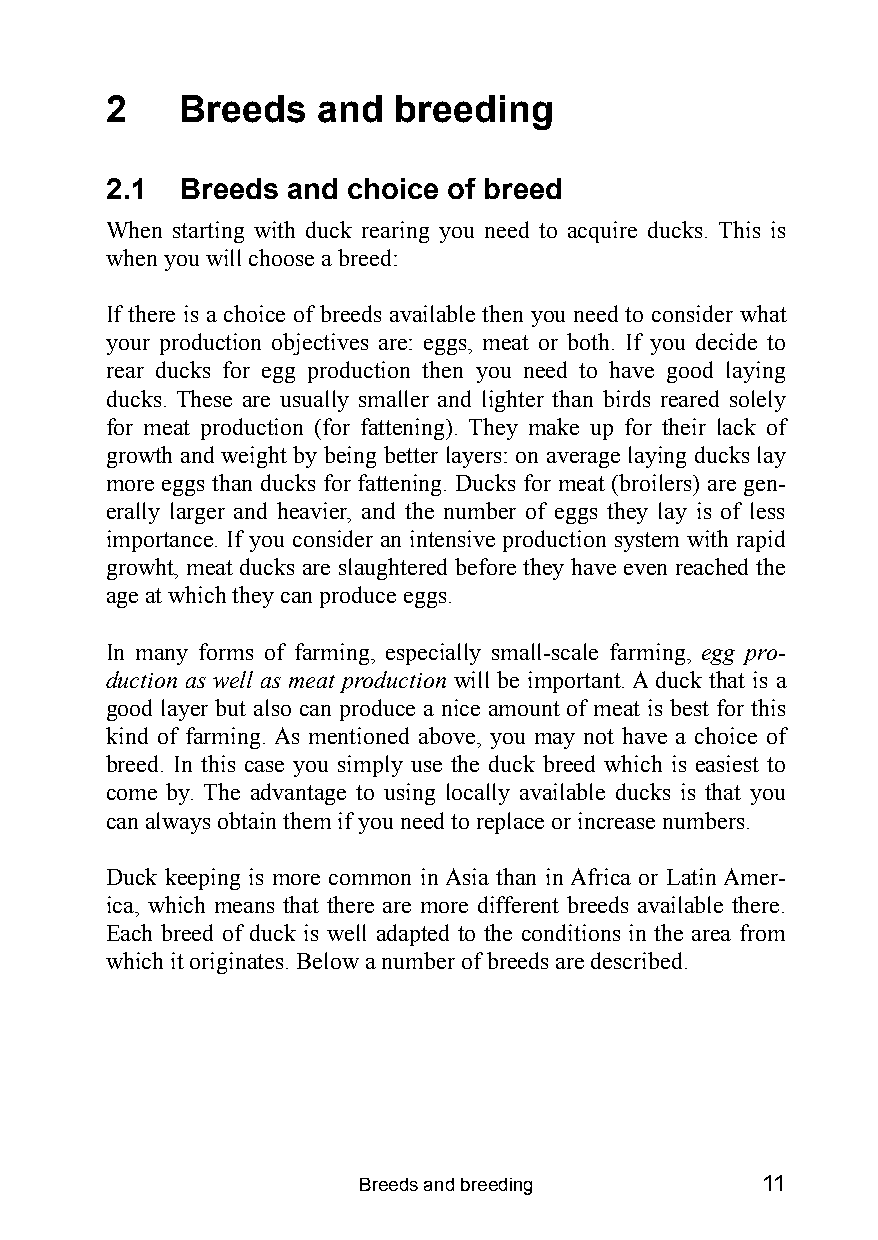
2    Breeds   and  breeding
 2.1  Breeds and choice of breed
 When starting with duck rearing you need to acquire ducks. This is
 when you will choose a breed:
 If there is a choice of breeds available then you need to consider what
 your production objectives are: eggs, meat or both. If you decide to
 rear ducks for egg production then you need to have good laying
 ducks. These are usually smaller and lighter than birds reared solely
 for meat production (for fattening). They make up for their lack of
 growth and weight by being better layers: on average laying ducks lay
 more eggs than ducks for fattening. Ducks for meat (broilers) are gen-
 erally larger and heavier, and the number of eggs they lay is of less
 importance. If you consider an intensive production system with rapid
 growht, meat ducks are slaughtered before they have even reached the
 age at which they can produce eggs.
 In many forms of farming, especially small-scale farming, egg pro-
 duction as well as meat production will be important. A duck that is a
 good layer but also can produce a nice amount of meat is best for this
 kind of farming. As mentioned above, you may not have a choice of
 breed. In this case you simply use the duck breed which is easiest to
 come by. The advantage to using locally available ducks is that you
 can always obtain them if you need to replace or increase numbers.
 Duck keeping is more common in Asia than in Africa or Latin Amer-
 ica, which means that there are more different breeds available there.
 Each breed of duck is well adapted to the conditions in the area from
 which it originates. Below a number of breeds are described.
 Breeds and breeding       11